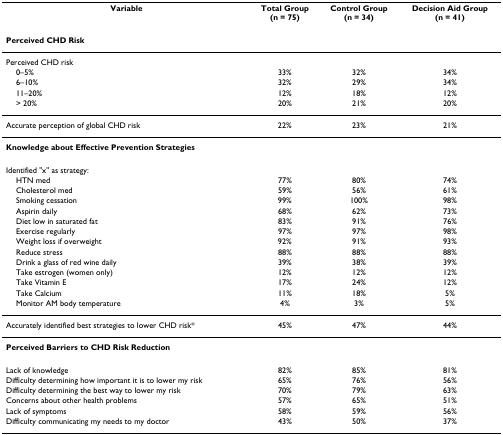
<table><thead><tr><td><b>Variable</b></td><td><b>Total Group(n = 75)</b></td><td><b>Control Group(n = 34)</b></td><td><b>Decision Aid Group(n = 41)</b></td></tr></thead><tbody><tr><td colspan="4"><b>Perceived CHD Risk</b></td></tr><tr><td colspan="4">Perceived CHD risk</td></tr><tr><td> 0–5%</td><td>33%</td><td>32%</td><td>34%</td></tr><tr><td> 6–10%</td><td>32%</td><td>29%</td><td>34%</td></tr><tr><td> 11–20%</td><td>12%</td><td>18%</td><td>12%</td></tr><tr><td> &gt; 20%</td><td>20%</td><td>21%</td><td>20%</td></tr><tr><td>Accurate perception of global CHD risk</td><td>22%</td><td>23%</td><td>21%</td></tr><tr><td colspan="4"><b>Knowledge about Effective Prevention Strategies</b></td></tr><tr><td>Identified &quot;x&quot; as strategy:</td><td></td><td></td><td></td></tr><tr><td> HTN med</td><td>77%</td><td>80%</td><td>74%</td></tr><tr><td> Cholesterol med</td><td>59%</td><td>56%</td><td>61%</td></tr><tr><td> Smoking cessation</td><td>99%</td><td>100%</td><td>98%</td></tr><tr><td> Aspirin daily</td><td>68%</td><td>62%</td><td>73%</td></tr><tr><td> Diet low in saturated fat</td><td>83%</td><td>91%</td><td>76%</td></tr><tr><td> Exercise regularly</td><td>97%</td><td>97%</td><td>98%</td></tr><tr><td> Weight loss if overweight</td><td>92%</td><td>91%</td><td>93%</td></tr><tr><td> Reduce stress</td><td>88%</td><td>88%</td><td>88%</td></tr><tr><td> Drink a glass of red wine daily</td><td>39%</td><td>38%</td><td>39%</td></tr><tr><td> Take estrogen (women only)</td><td>12%</td><td>12%</td><td>12%</td></tr><tr><td> Take Vitamin E</td><td>17%</td><td>24%</td><td>12%</td></tr><tr><td> Take Calcium</td><td>11%</td><td>18%</td><td>5%</td></tr><tr><td> Monitor AM body temperature</td><td>4%</td><td>3%</td><td>5%</td></tr><tr><td>Accurately identified best strategies to lower CHD risk*</td><td>45%</td><td>47%</td><td>44%</td></tr><tr><td colspan="4"><b>Perceived Barriers to CHD Risk Reduction</b></td></tr><tr><td>Lack of knowledge</td><td>82%</td><td>85%</td><td>81%</td></tr><tr><td>Difficulty determining how important it is to lower my risk</td><td>65%</td><td>76%</td><td>56%</td></tr><tr><td>Difficulty determining the best way to lower my risk</td><td>70%</td><td>79%</td><td>63%</td></tr><tr><td>Concerns about other health problems</td><td>57%</td><td>65%</td><td>51%</td></tr><tr><td>Lack of symptoms</td><td>58%</td><td>59%</td><td>56%</td></tr><tr><td>Difficulty communicating my needs to my doctor</td><td>43%</td><td>50%</td><td>37%</td></tr></tbody></table>